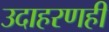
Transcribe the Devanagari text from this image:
उदाहरणही